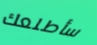
سأطلعك